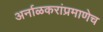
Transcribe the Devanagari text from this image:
अर्नाळकरांप्रमाणेच